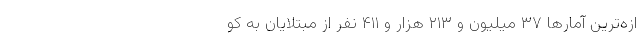
ازه‌ترین آمار‌ها ۳۷ میلیون و ۲۱۳ هزار و ۴۱۱ نفر از مبتلایان به کو